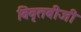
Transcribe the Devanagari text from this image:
विवृतबीजी